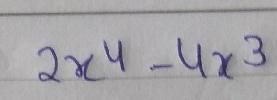
$2x^{4}-4x^{3}$